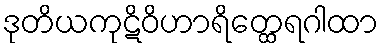
ဒုတိယကုဋိဝိဟာရိတ္ထေရဂါထာ